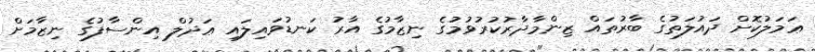
ޢަމަލުކޮށް ދައުލަތުގެ ބާރުތައް ޒިންމާދާރުކުރުވުމުގެ ނިޒާމުގެ އާރު ކަނޑުވައިލައި ޢަދުލް އިންސާފުގެ ނިޒާމަށް